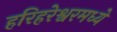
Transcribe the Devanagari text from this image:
हरिहरेश्वरमध्ये